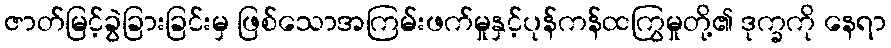
ဇာတ်မြင့်ခွဲခြားခြင်းမှ ဖြစ်သောအကြမ်းဖက်မှုနှင့်ပုန်ကန်ထကြွမှုတို့၏ ဒုက္ခကို နေရာ